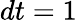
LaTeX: dt=1